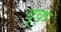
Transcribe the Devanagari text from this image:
वृक्